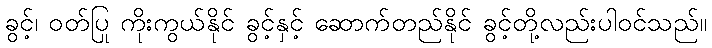
ခွင့်၊ ဝတ်ပြု ကိုးကွယ်နိုင် ခွင့်နှင့် ဆောက်တည်နိုင် ခွင့်တို့လည်းပါဝင်သည်။